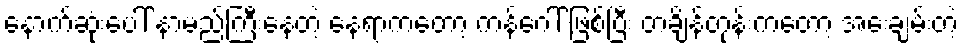
နောက်ဆုံးပေါ် နာမည်ကြီးနေတဲ့ နေရာကတော့ ကန်ဂေါ် ဖြစ်ပြီး တချိန်တုန်းကတော့ အေးချမ်းတဲ့